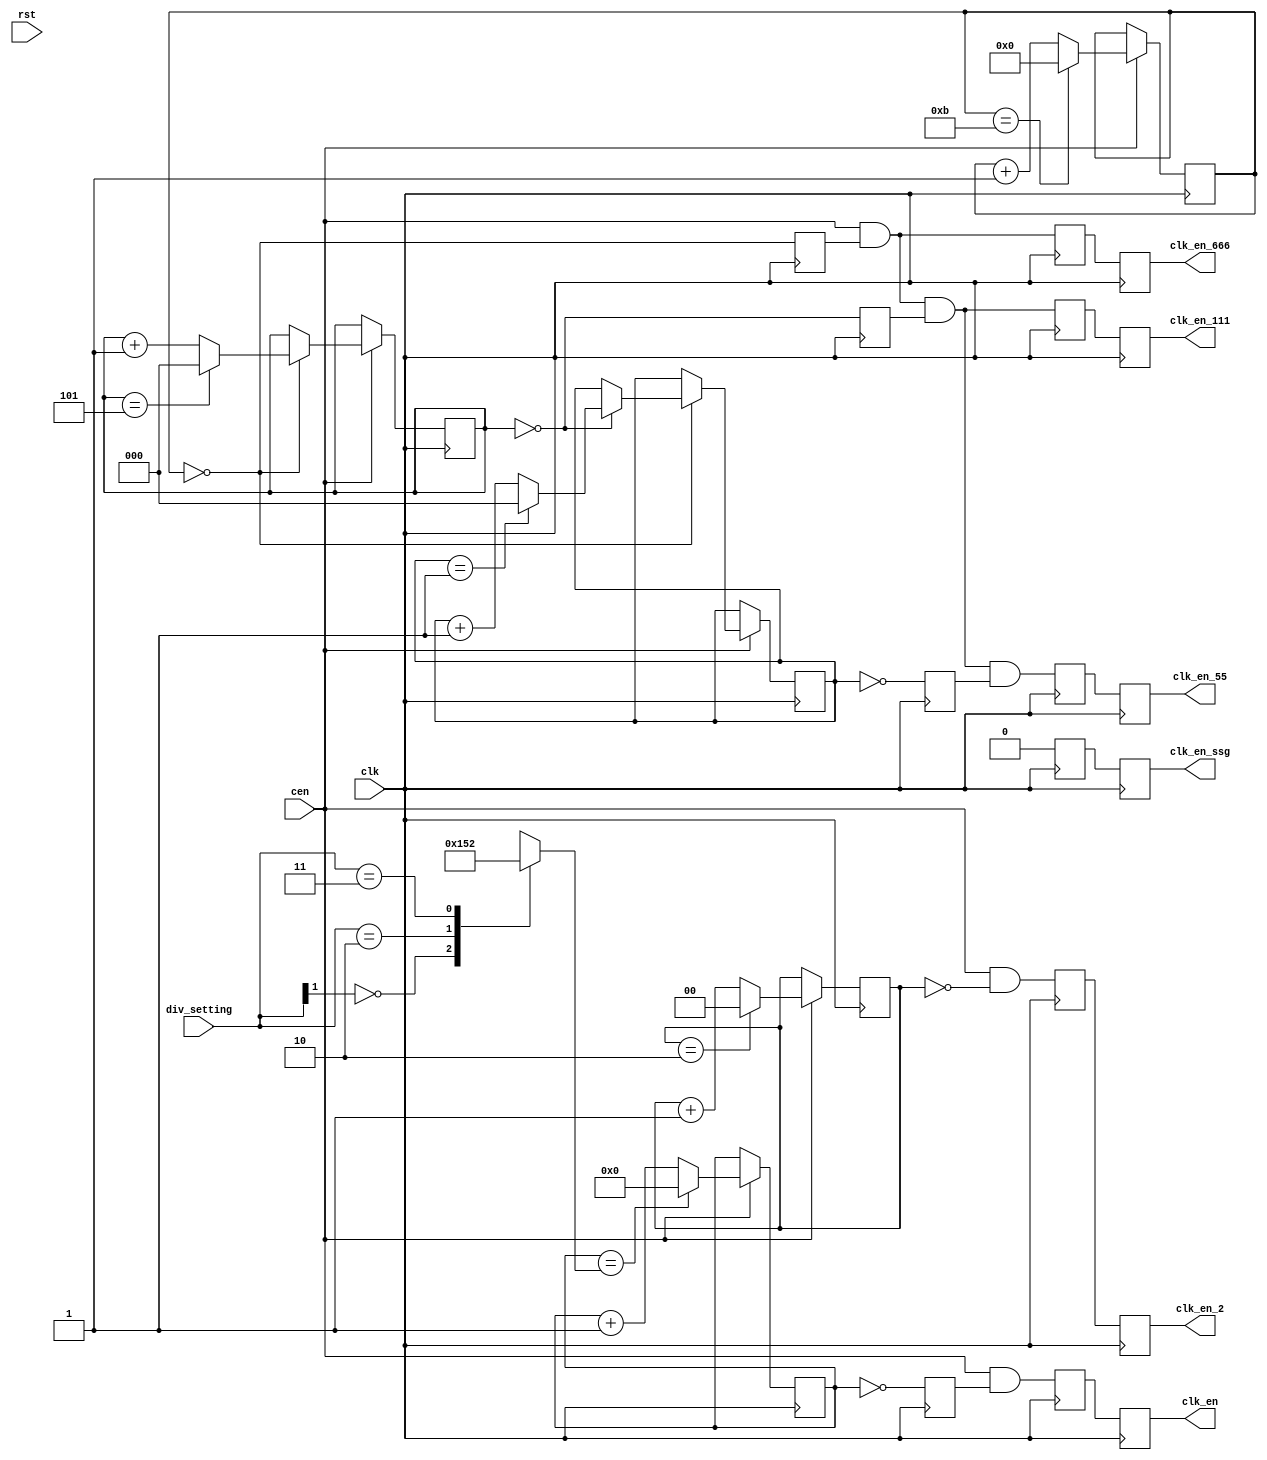
module jt12_div(
    input           rst,
    input           clk,
    input           cen /* synthesis direct_enable */,
    input     [1:0] div_setting,
    output reg      clk_en,      // after prescaler
    output reg      clk_en_2,    // cen divided by 2
    output reg      clk_en_ssg,
    output reg      clk_en_666,  // 666 kHz
    output reg      clk_en_111,  // 111 kHz
    output reg      clk_en_55    //  55 kHz
);

parameter use_ssg=0;

reg [3:0] opn_pres, opn_cnt=4'd0;
reg [2:0] ssg_pres, ssg_cnt=3'd0;
reg [4:0] adpcm_cnt666  = 5'd0;
reg [2:0] adpcm_cnt111 = 3'd0, adpcm_cnt55=3'd0;
reg cen_int, cen_ssg_int, cen_adpcm_int, cen_adpcm3_int;

// prescaler values for FM
// reset: 1/3
// sel1/sel2
//    0 0    1/3
//    0 1    1/2
//    1 0    1/6  
//    1 1    1/2
//
// According to YM2608 document
//                  FM      SSG   div[1:0]
// reset value     1/6      1/4    10
// 2D              1/6      1/4    10   | 10
// 2D,2E           1/3      1/2    11   | 01
// 2F              1/2      1/1    00   & 00
//  

always @(*) begin
    casez( div_setting )
        2'b0?: begin // FM 1/2 - SSG 1/1
            opn_pres = 4'd2-4'd1;
            ssg_pres = 3'd0;
        end
        2'b10: begin // FM 1/6 - SSG 1/4 (reset value. Fixed for YM2610)
            opn_pres = 4'd6-4'd1;
            ssg_pres = 3'd3;
        end
        2'b11: begin // FM 1/3 - SSG 1/2
            opn_pres = 4'd3-4'd1;
            ssg_pres = 3'd1;
        end
    endcase // div_setting
end

`ifdef SIMULATION
initial clk_en_666 = 1'b0;
`endif

reg cen_55_int;
reg [1:0] div2=2'b0;

reg pre_clk_en, pre_clk_en_2, pre_clk_en_ssg, pre_clk_en_666, pre_clk_en_111, pre_clk_en_55;

always @(negedge clk) begin     // It's important to leave the negedge to use the physical clock enable input
    clk_en     <= pre_clk_en;
    clk_en_2   <= pre_clk_en_2;
    clk_en_ssg <= pre_clk_en_ssg;
    clk_en_666 <= pre_clk_en_666;
    clk_en_111 <= pre_clk_en_111;
    clk_en_55  <= pre_clk_en_55;
end

always @(posedge clk) begin
    cen_int        <= opn_cnt      == 4'd0;
    cen_ssg_int    <= ssg_cnt      == 3'd0;
    cen_adpcm_int  <= adpcm_cnt666 == 5'd0;
    cen_adpcm3_int <= adpcm_cnt111 == 3'd0;
    cen_55_int     <= adpcm_cnt55  == 3'd0;
    `ifdef FASTDIV
    // always enabled for fast sims (use with GYM output, the timers will not work well)
    clk_en     <= 1'b1;
    clk_en_ssg <= 1'b1;
    clk_en_666 <= 1'b1;
    clk_en_55  <= 1'b1;
    `else
    pre_clk_en     <= cen & cen_int;
    pre_clk_en_2   <= cen && (div2==2'b00);
    pre_clk_en_ssg <= use_ssg ? (cen & cen_ssg_int) : 1'b0;
    pre_clk_en_666 <= cen & cen_adpcm_int;
    pre_clk_en_111 <= cen & cen_adpcm_int & cen_adpcm3_int;
    pre_clk_en_55  <= cen & cen_adpcm_int & cen_adpcm3_int & cen_55_int;
    `endif
end

// Div/2
always @(posedge clk)
    if( cen ) begin
        div2 <= div2==2'b10 ? 2'b00 : (div2+2'b01);
    end

// OPN
always @(posedge clk)
    if( cen ) begin
        if( opn_cnt == opn_pres ) begin
            opn_cnt <= 4'd0;  
        end
        else opn_cnt <= opn_cnt + 4'd1;
    end

// SSG
always @(posedge clk)
    if( cen ) begin
        if( ssg_cnt == ssg_pres ) begin
            ssg_cnt <= 3'd0;            
        end
        else ssg_cnt <= ssg_cnt + 3'd1;
    end

// ADPCM-A
always @(posedge clk)
    if( cen ) begin
        adpcm_cnt666 <= adpcm_cnt666==5'd11 ? 5'd0 : adpcm_cnt666 + 5'd1;
        if( adpcm_cnt666==5'd0 ) begin
            adpcm_cnt111 <= adpcm_cnt111==3'd5 ? 3'd0 : adpcm_cnt111+3'd1;
            if( adpcm_cnt111==3'd0)
                adpcm_cnt55 <= adpcm_cnt55==3'd1 ? 3'd0: adpcm_cnt55+3'd1;
        end
    end

endmodule